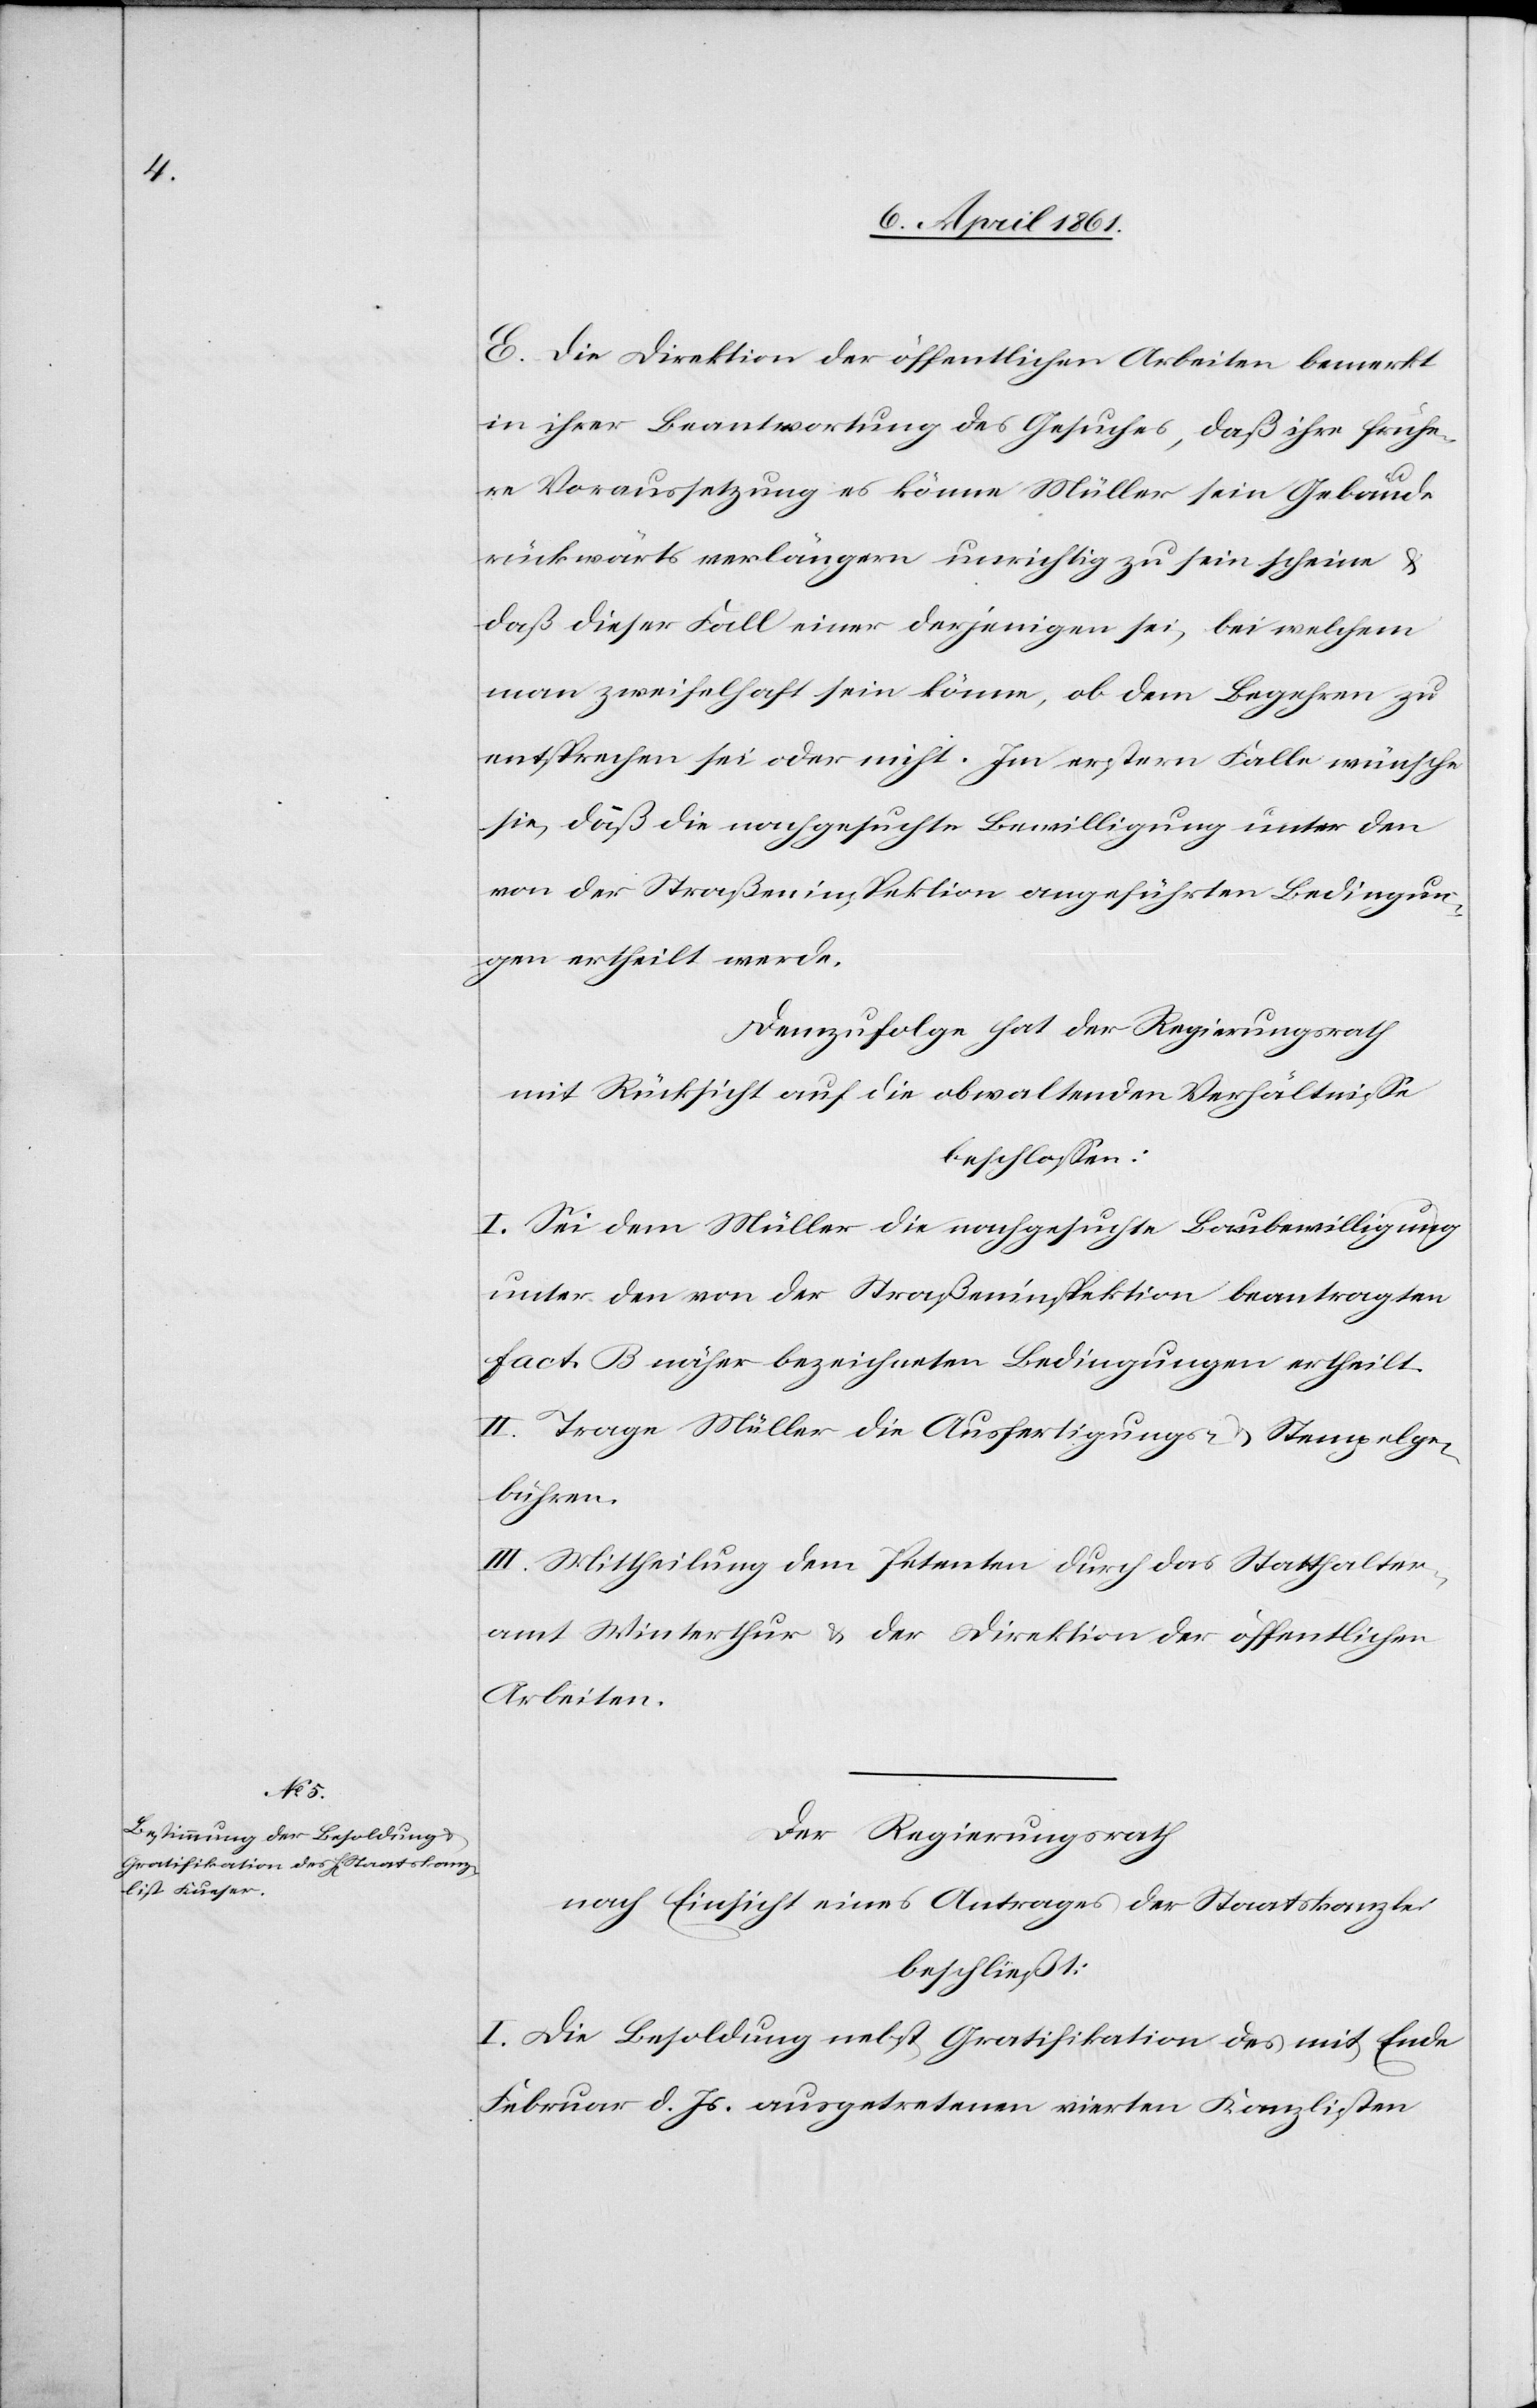
E. Die Direktion der öffentlichen Arbeiten bemerkt
in ihrer Beantwortung des Gesuches, daß ihre frühe¬
re Voraussetzung es könne Müller sein Gebäude
rückwärts verlängern unrichtig zu sein scheine
daß dieser Fall einer derjenigen sei, bei welchem
man zweifelhaft sein könne, ob dem Begehren zu
entsprechen sei oder nicht. Im erstern Falle wünsche
sie, daß die nachgesuchte Bewilligung unter den
von der Straßeninspektion angeführten Bedingun¬
gen ertheilt werde.
Demzufolge hat der Regierungsrath
mit Rücksicht auf die obwaltenden Verhältnisse
beschlossen:
I. Sei dem Müller die nachgesuchte Baubewilligung
unter den von der Straßeninspektion beantragten
fact. B näher bezeichneten Bedingungen ertheilt.
II. Trage Müller die Ausfertigungs- u. Stempelge¬
bühren.
III. Mittheilung dem Petenten durch das Statthalter¬
amt Winterthur u. der Direktion der öffentlichen
Arbeiten.
Der Regierungsrath
nach Einsicht eines Antrages der Staatskanzlei
beschließt:
I. Die Besoldung nebst Gratifikation des mit Ende
Februar d. Js. ausgetretenen vierten Kanzlisten